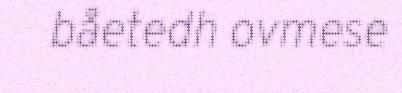
båetedh ovmese